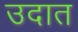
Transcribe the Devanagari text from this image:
उदात